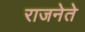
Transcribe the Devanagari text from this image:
राजनेते